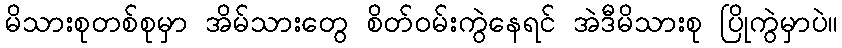
မိသားစုတစ်စုမှာ အိမ်သားတွေ စိတ်ဝမ်းကွဲနေရင် အဲဒီမိသားစု ပြိုကွဲမှာပဲ။